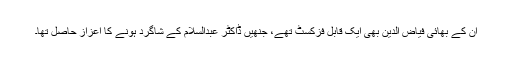
ان کے بھائی فیاض الدین بھی ایک قابل فزکسٹ تھے، جنھیں ڈاکٹر عبدالسلام کے شاگرد ہونے کا اعزاز حاصل تھا۔